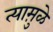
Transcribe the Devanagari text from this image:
त्यामु़ळे